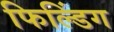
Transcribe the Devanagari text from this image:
फिल्डिंग